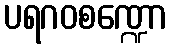
ပရဂဝစဏ္ဍော